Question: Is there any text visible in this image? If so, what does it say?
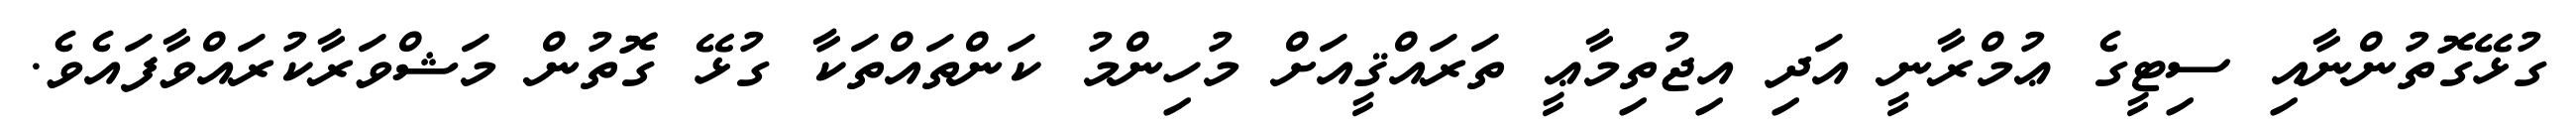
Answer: ގުޅޭގޮތުންނާއި ސިޓީގެ ޢުމްރާނީ އަދި އިޖުތިމާޢީ ތަރައްޤީއަށް މުހިންމު ކަންތައްތަކާ ގުޅޭ ގޮތުން މަޝްވަރާކުރައްވާފައެވެ.